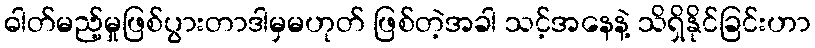
ဓါတ်မည့်မှုဖြစ်ပွားတာဒါမှမဟုတ် ဖြစ်တဲ့အခါ သင့်အနေနဲ့ သိရှိနိုင်ခြင်းဟာ